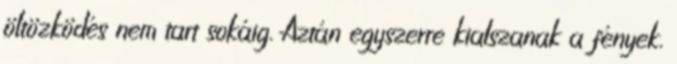
öltözködés nem tart sokáig. Aztán egyszerre kialszanak a fények.